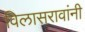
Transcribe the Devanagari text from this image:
विलासरावांनी